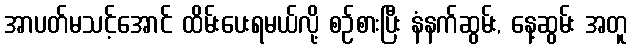
အာပတ်မသင့်အောင် ထိမ်းပေးရမယ်လို့ စဉ်စားပြီး နံနက်ဆွမ်း, နေ့ဆွမ်း အတူ